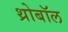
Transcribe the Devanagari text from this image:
थ्रोबॉल